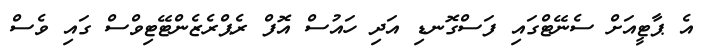
އެ ޕާޓީއަށް ސެނޭޓްގައި ފަސްގޮނޑި އަދި ހައުސް އޮފް ރެޕްރެޒެންޓޭޓިވްސް ގައި ވެސް